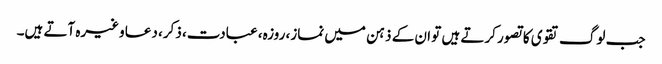
جب لوگ تقوی کا تصور کرتے ہیں تو ان کے ذہن میں نماز، روزہ، عبادت، ذکر، دعا وغیرہ آتے ہیں۔